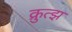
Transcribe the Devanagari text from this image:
क्रुत्झ